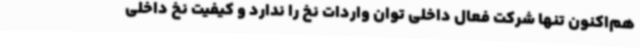
هم‌اکنون تنها شرکت فعال داخلی توان واردات نخ را ندارد و کیفیت نخ داخلی